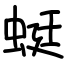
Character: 蜓